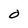
Character: O